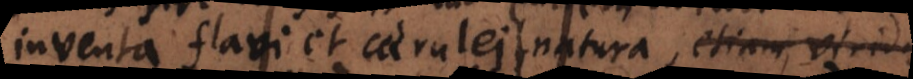
inventa flavi et caerulei natura, vi